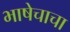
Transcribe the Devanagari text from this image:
भाषेचाचा